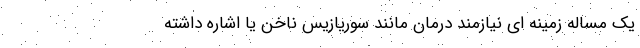
یک مساله زمینه ای نیازمند درمان مانند سوریازیس ناخن یا اشاره داشته